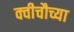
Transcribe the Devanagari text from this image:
क्वीचौच्या